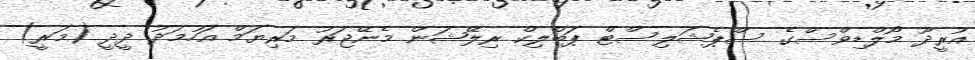
އުރީދޫ މޯލްޑިވްސްގެ ސްޕެޝަލިސްޓް ޕަބްލިކް ރިލޭޝަން މެނޭޖަރު މަރިޔަމް އަހުމަދު ދީދީ (މަރީ)